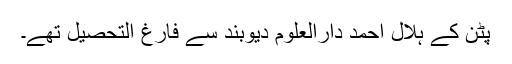
پٹن کے ہلال احمد دارالعلوم دیوبند سے فارغ التحصیل تھے۔